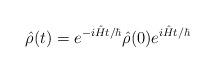
LaTeX: \begin{align*}\hat{\rho}(t) = e^{-i\hat{H}t/\hbar} \hat{\rho}(0) e^{i\hat{H}t/\hbar}\end{align*}